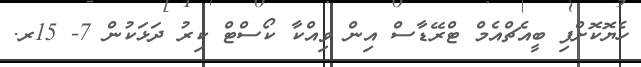
ހެޔޮކޮށްފި ބީއެޗްއެމް ޓްރޭޑާސް އިން ވިއްކާ ކޯސްޓް ކިރު ދަޅަކުން 7- 15ރ.